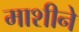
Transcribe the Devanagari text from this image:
माशीने